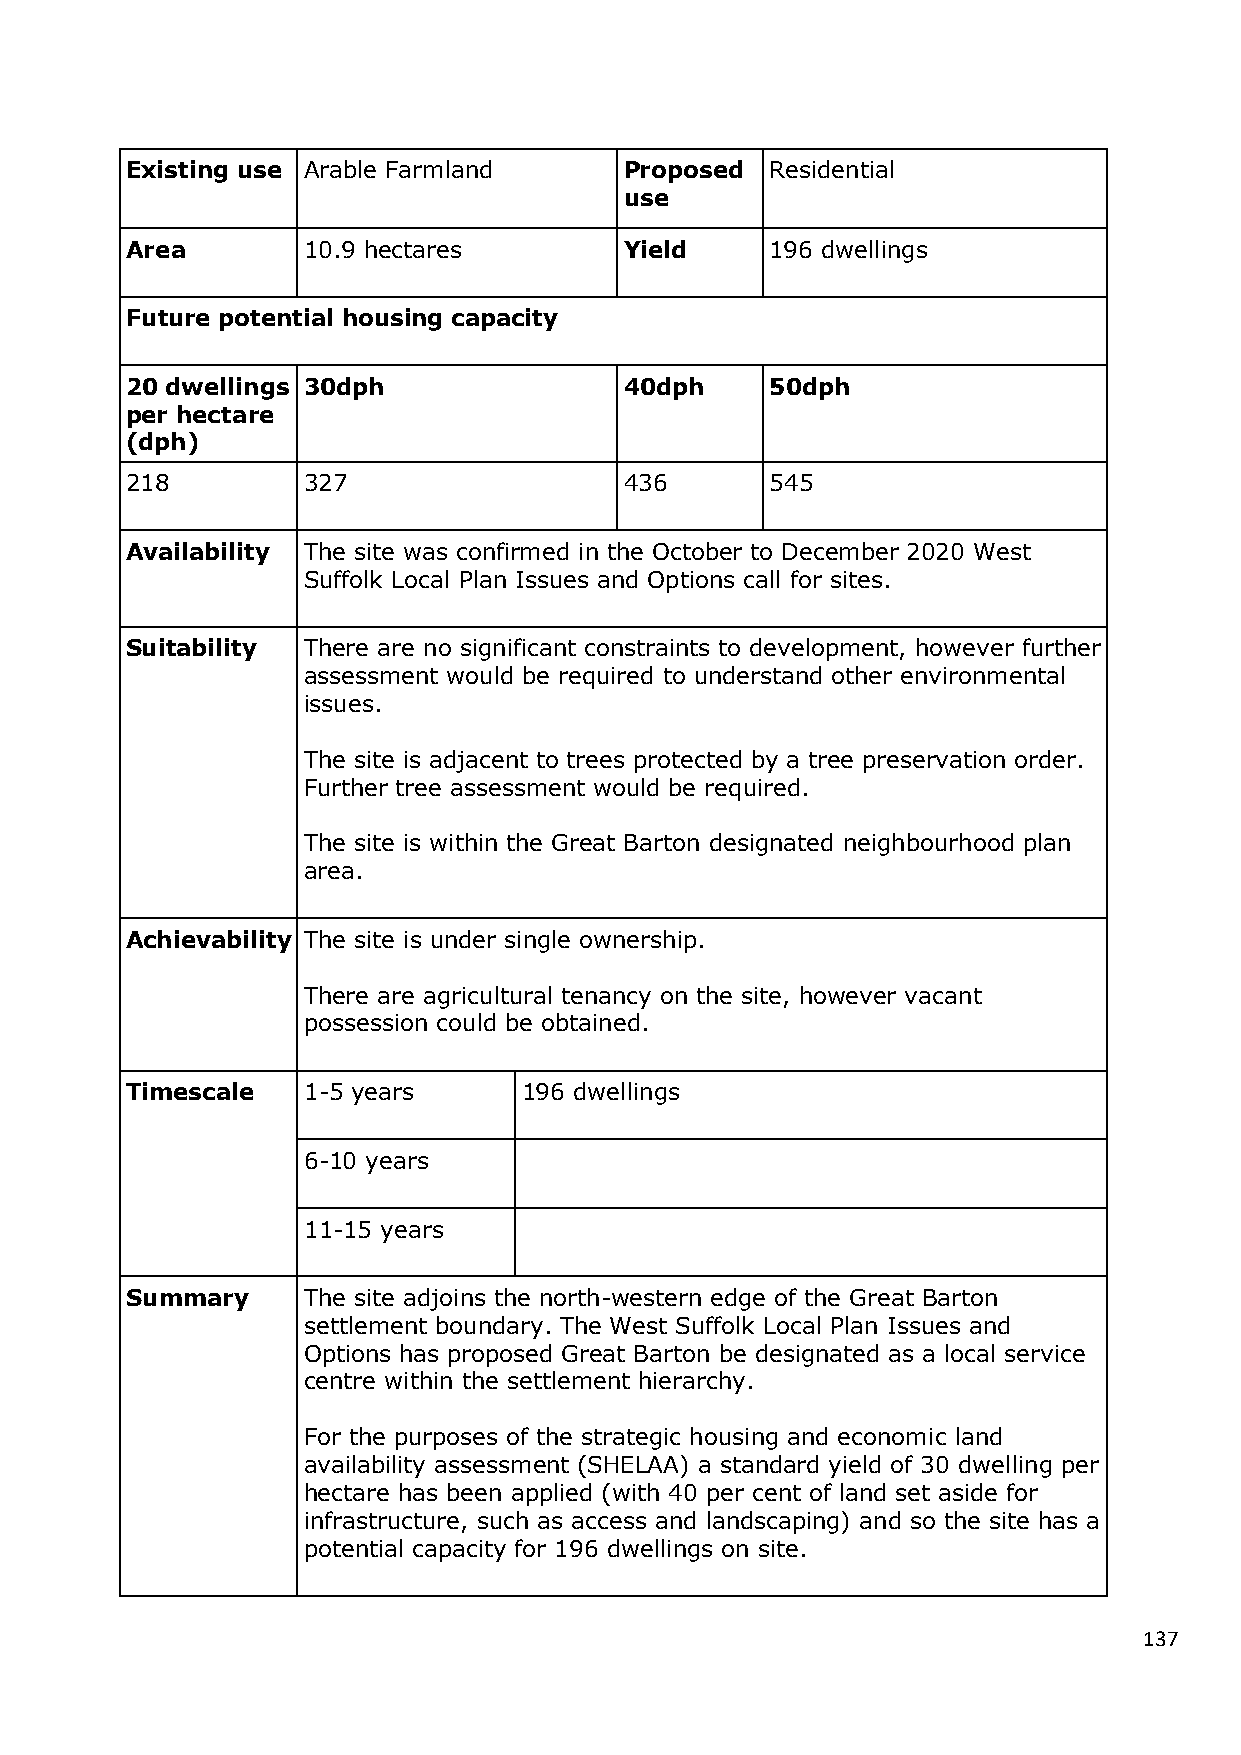
Existing use Arable Farmland     Proposed  Residential
 use
 Area        10.9 hectares        Yield     196 dwellings
 Future potential housing capacity
 20 dwellings 30dph               40dph     50dph
 per hectare
 (dph)
 218         327                  436       545
 Availability The site was confirmed in the October to December 2020 West
 Suffolk Local Plan Issues and Options call for sites.
 Suitability There are no significant constraints to development, however further
 assessment would be required to understand other environmental
 issues.
 The site is adjacent to trees protected by a tree preservation order.
 Further tree assessment would be required.
 The site is within the Great Barton designated neighbourhood plan
 area.
 Achievability The site is under single ownership.
 There are agricultural tenancy on the site, however vacant
 possession could be obtained.
 Timescale   1-5 years      196 dwellings
 6-10 years
 11-15 years
 Summary     The site adjoins the north-western edge of the Great Barton
 settlement boundary. The West Suffolk Local Plan Issues and
 Options has proposed Great Barton be designated as a local service
 centre within the settlement hierarchy.
 For the purposes of the strategic housing and economic land
 availability assessment (SHELAA) a standard yield of 30 dwelling per
 hectare has been applied (with 40 per cent of land set aside for
 infrastructure, such as access and landscaping) and so the site has a
 potential capacity for 196 dwellings on site.
 137